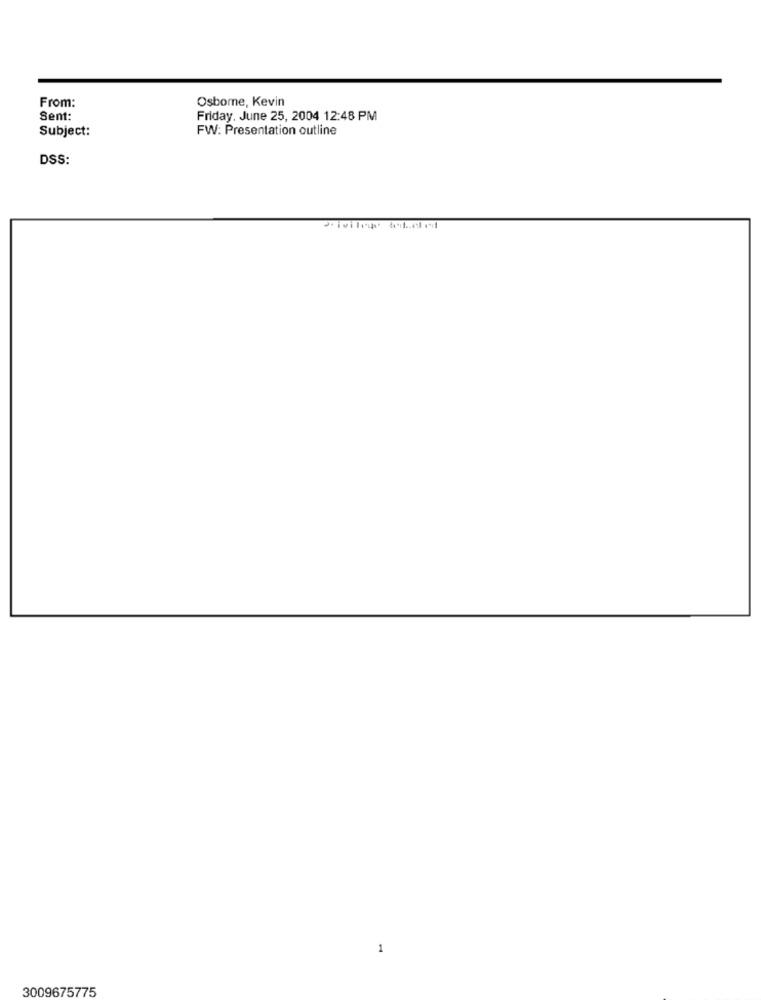
Osborne, Kevin
From:
Sent:
Friday, June 25, 2004 12:48 PM
Subject:
FW: Presentation outline
DSS:
1
3009675775